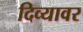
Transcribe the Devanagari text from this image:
दिव्यावर